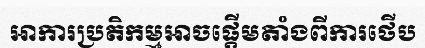
អាការប្រតិកម្មអាចផ្តើមតាំងពីការថើប